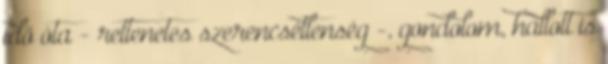
idő óta - rettenetes szerencsétlenség -, gondolom, hallott is